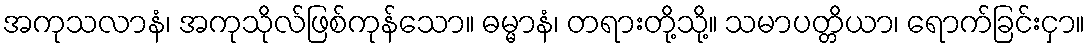
အကုသလာနံ၊ အကုသိုလ်ဖြစ်ကုန်သော။ ဓမ္မာနံ၊ တရားတို့သို့။ သမာပတ္တိယာ၊ ရောက်ခြင်းငှာ။